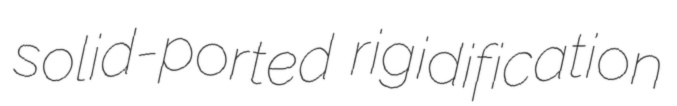
solid-ported rigidification